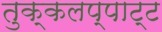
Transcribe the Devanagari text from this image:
तुक्कलप्पाट्ट